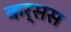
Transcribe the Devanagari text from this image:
कर्सस